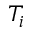
T _ { i }